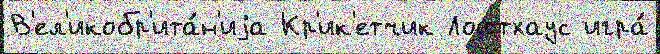
В'ел'икобр'ита́н'иjа Кр'ик'етчик Лофтхаус игра́